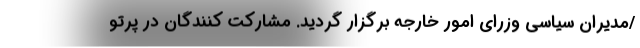
/مدیران سیاسی وزرای امور خارجه برگزار گردید. مشارکت کنندگان در پرتو